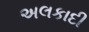
અલકાદી